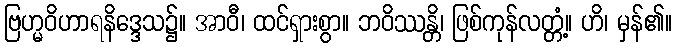
ဗြဟ္မဝိဟာရနိဒ္ဒေသ၌။ အာဝီ၊ ထင်ရှားစွာ။ ဘဝိဿန္တိ၊ ဖြစ်ကုန်လတ္တံ့။ ဟိ၊ မှန်၏။